Calcutta medical institutions reports 1871-78
Year: 1871
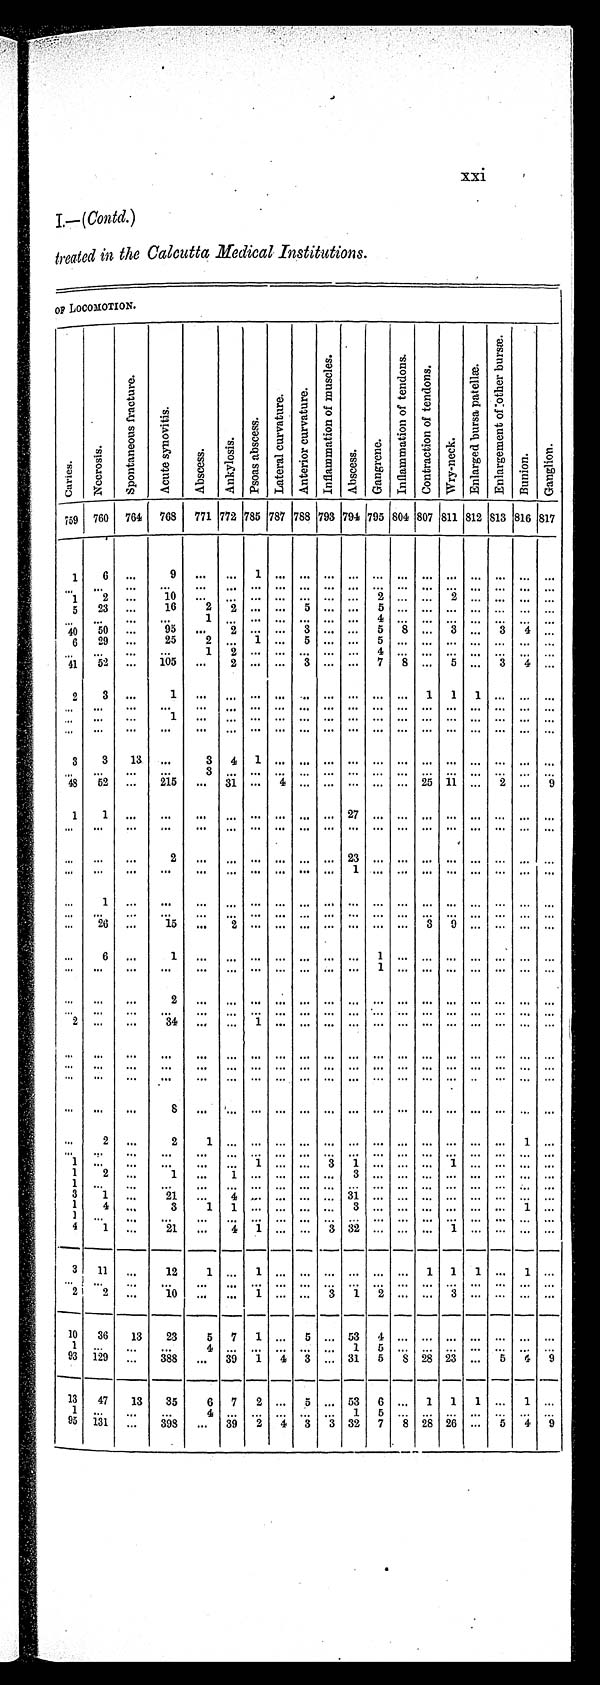
xxi
I.— (Contd.)
treated in the Calcutta Medical Institutions.
OF LOCOMOTION.
C a r i e s .
N e c r o s i s .
S p o n t a n e o u s f r a c t u r e .
A c u t e s y n o v i t i s .
A b s c e s s .
An k y l o s i s . P s o a s a b s c e s s .
L a t e r a l c u r v a t u r e . A n t e r i o r c u r v a t u r e .
I n f l a m m a t i o n o f m u s c l e s .
A b s c e s s .
G a n g r e n e .
I n f l a m m a t i o n o f t e n d o n s . C o n t r a c t i o n o f t e n d o n s .
Wr y - n e c k .
E n l a r g e d b u r s a p a t e l l a e .
E n l a r g e m e n t o f o t h e r b u r s æ .
B u n i o n . G a n g l i o n .
759 760 764 768 771 772 785
7 8 7 7 8 8 793 794 795 804 807 811 812 813 816 817
1 6 ...
9
. . . . . .
1
. . . . . . . . . . . . . . . . . . . . . . . . . . . . . . . . .
. . .
...
. . . . . .
. . . ...
. . . ...
. . . . . . . . . . . . . . . . . . . . . . . . . . . . . . . . .
. . .
1 2 ...
1 0
. . . . . . . . . . . . . . . . . . . . . 2 . . . . . . 2 ... ... ... ...
5 23 ...
16
2 2
. . . . . . 5 . . . . . . 5
. . . . . . . . . . . . . . . . . .
. . .
. . .
. . .
. . .
. . .
1
. . . . . . . . . . . . . . . . . . 4 . . . . . . . . . . . . . . . . . .
. . .
40 50
. . . 95
. . .
2 ... ... 3 ... ... 5
8 ... 3 ... 3 4
. . .
6 29 ...
25
2
. . . 1
. . . 5
. . . . . . 5
. . . . . . . . . . . . . . . . . .
. . .
. . .
. . .
. . .
. . .
1
2 . . . . . . . . . . . . . . . 4 . . . . . . . . . . . . . . . . .
. . .
41 52 ... 105 ... 2 ... ... 3 ... ... 7
8 ...
5 ...
3 4 ...
2 3 ...
1
. . . . . . . . . . . . . . . . . . . . . . . . . . . 1 1 1 . . . . . .
. . .
. . . . . .
. . .
. . .
. . .
. . . . . . . . . . . . . . . . . . . . . . . . . . . . . . . . . . . . . . . . . .
. . .
. . .
. . .
1
. . . . . . . . . . . . . . . . . . . . . . . . . . . . . . . . . . . . . . . . . .
. . .
. . .
. . .
. . . . . . . ... ... ... ... ... ... ... ... ... ... ... ... ... ... ...
3 3 13 ...
3
4 1 . . . . . . . . . . . . . . . . . . . . . . . . . . . . . . . . .
. . .
. . . ...
... ...
3
. . . . . . . . . . . . . . . . . . . . . . . . . . . . . . . . . . . . . . .
. . .
48 52
. . . 215
. . . 3 1 . . . 4
. . . . . . . . .
. . . . . .
2 5 1 1 . . . 2 . . . 9
1
1
. . .
. . .
. . . . . . . . . . . . . . . . . . 2 7 . . . . . . . . . . . . . . . . . . . . .
. . .
. . .
. . .
. . .
. . .
. . . . . . . . . . . . . . . . . . . . . . . . . . . . . . . . . . . . . . . . . .
. . .
... ... ...
2
. . . . . . . . . . . . . . . . . . 2 3 . . . . . . . . . . . . . . . . . . . . .
. . .
. . .
. . . . . .
. . .
. . .
. . . . . . . . . . . . . . .
1 . . . . . . . . . . . . . . . . . . . . .
. . .
. . . 1
. . .
. . .
. . . . . . . . . . . . . . . . . . . . . . . . . . . . . . . . . . . . . . . . . .
. . .
. . .
. . .
. . .
. . .
. . . . . . . . . . . . . . . . . . . . . . . . . . . . . . . . . . . . . . . . . .
. . .
. . .
2 6
. . .
1 5
. . . 2 . . . . . . . . . . . . . . . . . . . . . 3 9 . . . . . . . . .
. . .
. . .
6
. . .
1
. . .
. . . . . . . . . . . . . . . . . .
1 . . . . . . . . . . . . . . . . . .
. . .
. . . ...
. . .
. . .
. . .
. . . . . . . . . . . . . . . . . . 1 . . . . . . . . . . . . . . . . . .
. . .
... ... ...
2
. . . . . . . . . . . . . . . . . . . . . . . . . . . . . . . . . . . . . . . . . .
. . .
. . .
. . .
. . .
. . . ...
. . . . . . . . . . . . . . . . . . . . . . . . . . . . . . . . . . . . . . . . . .
2
. . .
. . .
3 4
. . . . . . 1 . . . . . . . . . . . . . . . . . . . . . . . . . . . . . . . . .
. . .
... ... ... ... ... ... ... ... ... ... ... ... ... ... ... ... ... ... ...
. . .
. . .
. . .
. . .
. . . . . . . . . . . . . . . . . . . . . . . . . . . . . . . . . . . . . . . . . .
. . .
. . .
. . .
. . .
. . .
. . . . . . . . . . . . . . . . . . ... ... ... ... ...
. . . ... ... ...
...
. . .
. . .
8 ...
. . . . . . . . . . . . . . . . . . . . . . . . . . . . . . . . . . . . . . . . . .
. . .
2
. . . 2
1
. . . . . . . . . ... ... ... ... ... ... ... ... ...
1
. . .
. . .
. . .
. . .
. . .
. . . . . . . . . . . . . . . . . . . . . . . . . . . . . . . . . . . . . . . . . .
. . .
1
. . .
. . .
. . .
. . . . . . 1 . . . . . . 3 1 . . . . . . . . . 1 . . . . . . . . .
. . .
1 2 ...
1 ...
1
. . . . . . . . . . . . 3 . . . . . . . . . . . . . . . . . . . . .
. . .
1
. . .
. . .
. . .
. . . . . . . . . . . . . . . . . . ... ... ... ... ... ... ...
. . . ...
3 1
. . .
2 1
. . . 4 . . . . . . . . . . . . 3 1 . . . . . . . . . . . . . . . . . . . . .
. . .
1 4
. . .
3
1
1 . . . . . . . . . . . . 3 . . . . . . . . . . . . . . . . . . 1
. . .
1
. . . . . .
. . .
. . . . . . . . . . . . . . . . . . . . . . . . . . . . . . . . . . . . . . . . . .
. . .
4
1 . . . 21 ... 4 1
. . . . . . 3 32
. . . ... ...
1 . . . . . . . . .
. . .
3 11 ... 12
1
. . . 1 . . . . . . . . . . . . . . . . . . 1 1 1 . . . 1
. . .
. . .
. . .
. . .
. . .
. . . . . . . . . . . . . . . . . . . . . . . . . . . . . . . . . . . . . . .
. . .
. . .
2
2
. . .
1 0 ...
. . . 1 ... ...
3 1 2 ... ...
3 ...
. . . ... ...
10 36 13 23
5
7 1 . . . 5 . . . 5 3 4 . . . . . . . . . . . . . . . . . .
. . .
1
. . .
. . .
. . .
4
. . . . . . . . . . . . . . . 1 5
. . . . . . . . . . . . . . . . . .
. . .
93 129 ... 338
. . . 39 1 4 3 ... 31 5
8 28 23 ... 5 4 9
13 47
1 3
3 5
6
7 2 . . .
5
. . . 5 3 6 . . . 1 1 1 . . . 1
. . .
1
. . .
. . .
. . . 4
. . . . . . . . . . . . . . . 1 5
...
. . . . . . . . . . . . . . . . . .
95 131 .... 398 ...
3 9
2 4
3
3 32 7 8 28 26 ... 5 4 9